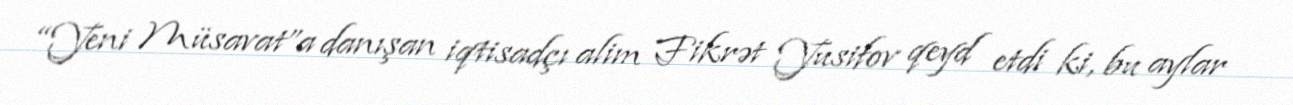
“Yeni Müsavat”a danışan iqtisadçı alim Fikrət Yusifov qeyd etdi ki, bu aylar